Tallinna_kinnistusamet, lk 33
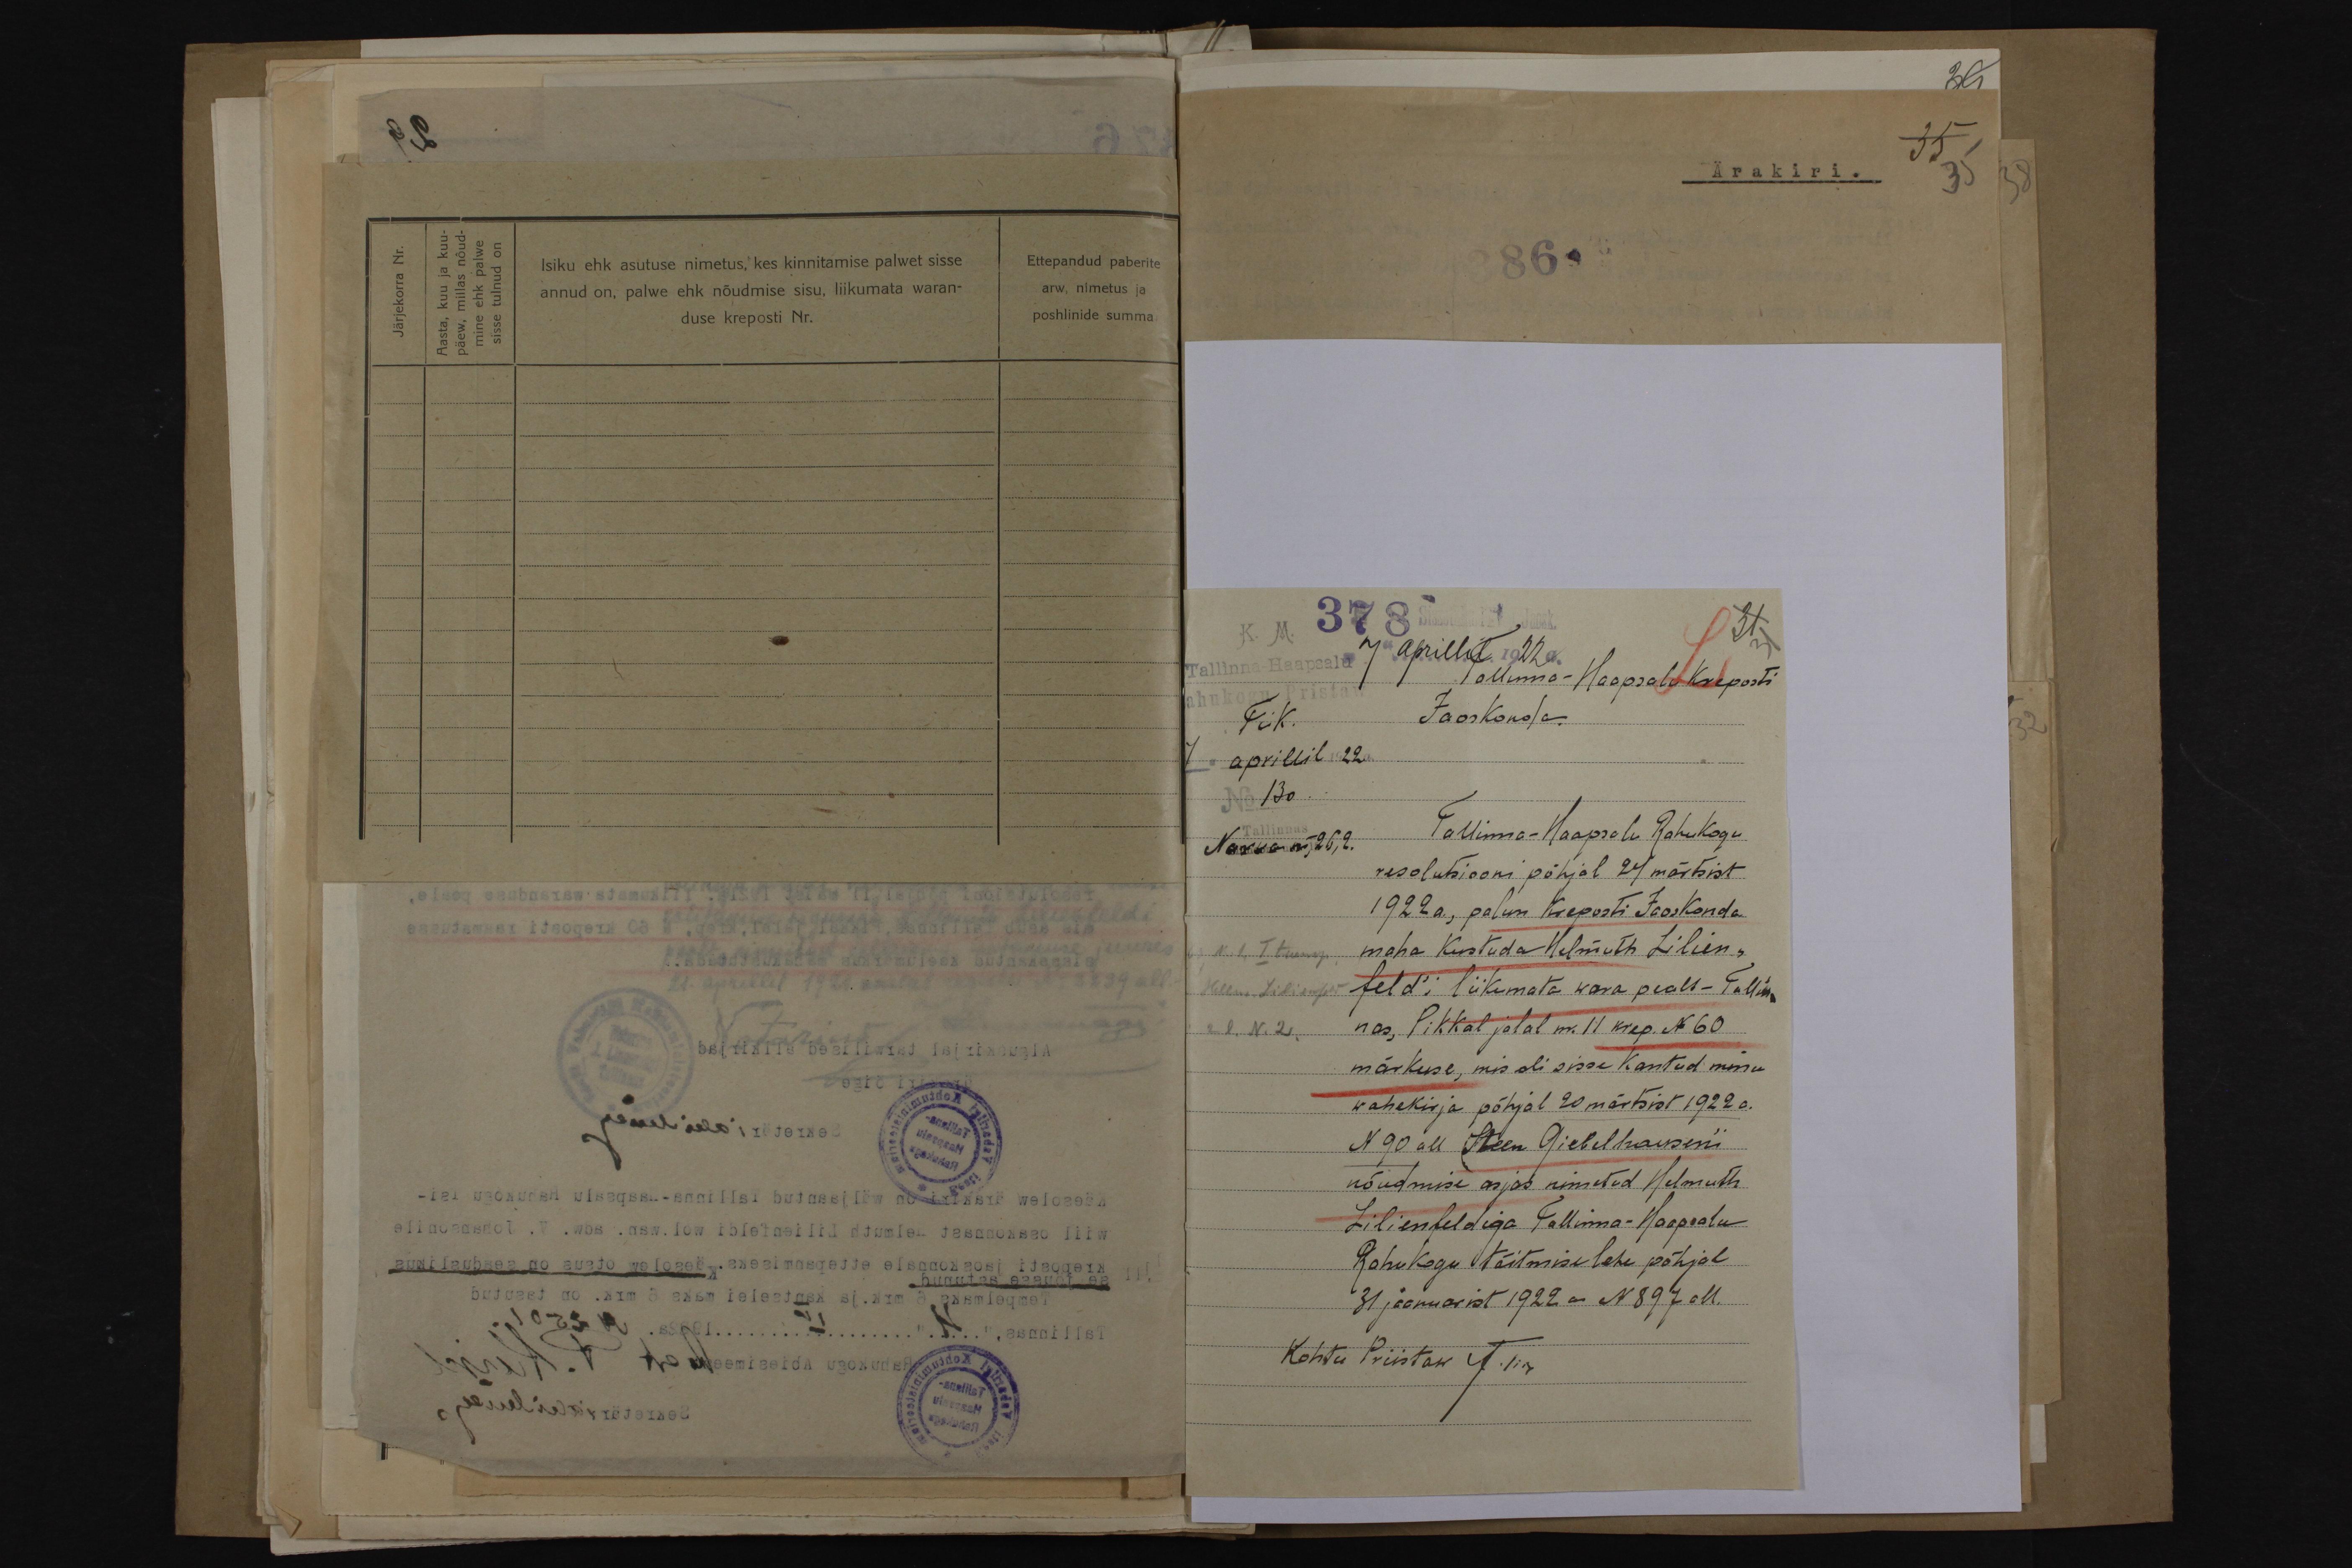
isiku ehk asutuse nimetus, kes kinnitamise palwet sisse
annud on, palwe ehk nõudmise sisu, liikumata waran-
duse kreposti Nr.

Ettepandud paberite
arw, nimetus ja
poshlinide summa

35
Ärakiri.
35 38
386.

37 8.
31
7 aprillil 1922 a.
Tallinna Haapsalu Kreposti
Fik.
Jaoskonda.
aprillil 22
No 130
Tallinnas
Narva nr 26,2.
Tallinna-Haapsalu Rahukogu
resolutsiooni põhjal 24 märtsist
1922 a., palun Kreposti Jaoskonda
maha kustuda Helmuth Lilien-
feld'i liikumata wara pealt - Tallinn-
nas Pikkal jalal nr 11 krep N 60
märkuse, mis oli sisse kantud minu
wahekirja põhjal 20 märtsist 1922 a.
N 90 all Steen Giebelhausen'i
nõudmise asjas nimetud Helmuth
Lilienfeldiga Tallinna-Haapsalu
Rahukogu täitmise lehe põhjal
31 jaanuarist 1922 a. N 897 all.
Kohtu Priistaw T. Kir